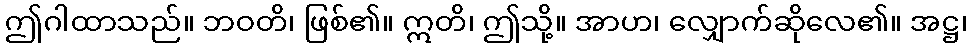
ဤဂါထာသည်။ ဘဝတိ၊ ဖြစ်၏။ ဣတိ၊ ဤသို့။ အာဟ၊ လျှောက်ဆိုလေ၏။ အဋ္ဌ၊